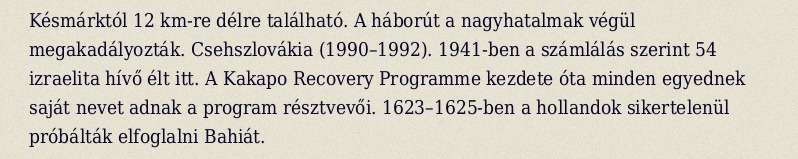
Késmárktól 12 km-re délre található. A háborút a nagyhatalmak végül megakadályozták. Csehszlovákia (1990–1992). 1941-ben a számlálás szerint 54 izraelita hívő élt itt. A Kakapo Recovery Programme kezdete óta minden egyednek saját nevet adnak a program résztvevői. 1623–1625-ben a hollandok sikertelenül próbálták elfoglalni Bahiát.